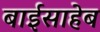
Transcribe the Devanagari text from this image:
बाईसाहेब